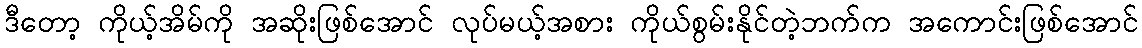
ဒီတော့ ကိုယ့်အိမ်ကို အဆိုးဖြစ်အောင် လုပ်မယ့်အစား ကိုယ်စွမ်းနိုင်တဲ့ဘက်က အကောင်းဖြစ်အောင်